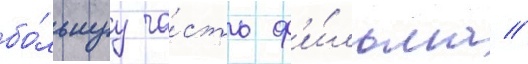
бо́льшуу ча́сть ф'и́льма //